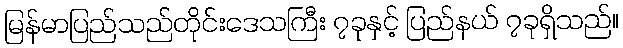
မြန်မာပြည်သည်တိုင်းဒေသကြီး ၇ခုနှင့် ပြည်နယ် ၇ခုရှိသည်။